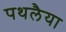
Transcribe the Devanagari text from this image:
पथलैया